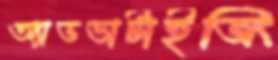
অ্যাডভার্টাইজিং